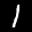
Label: 1